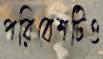
পরিবেশটিও